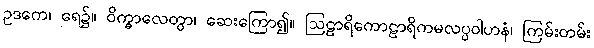
ဥဒကေ၊ ရေ၌။ ဝိက္ခာလေတွာ၊ ဆေးကြော၍။ ဩဠာရိကောဠာရိကမလပ္ပဝါဟနံ၊ ကြမ်းတမ်း